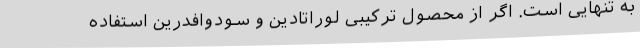
به تنهایی است. اگر از محصول ترکیبی لوراتادین و سودوافدرین استفاده